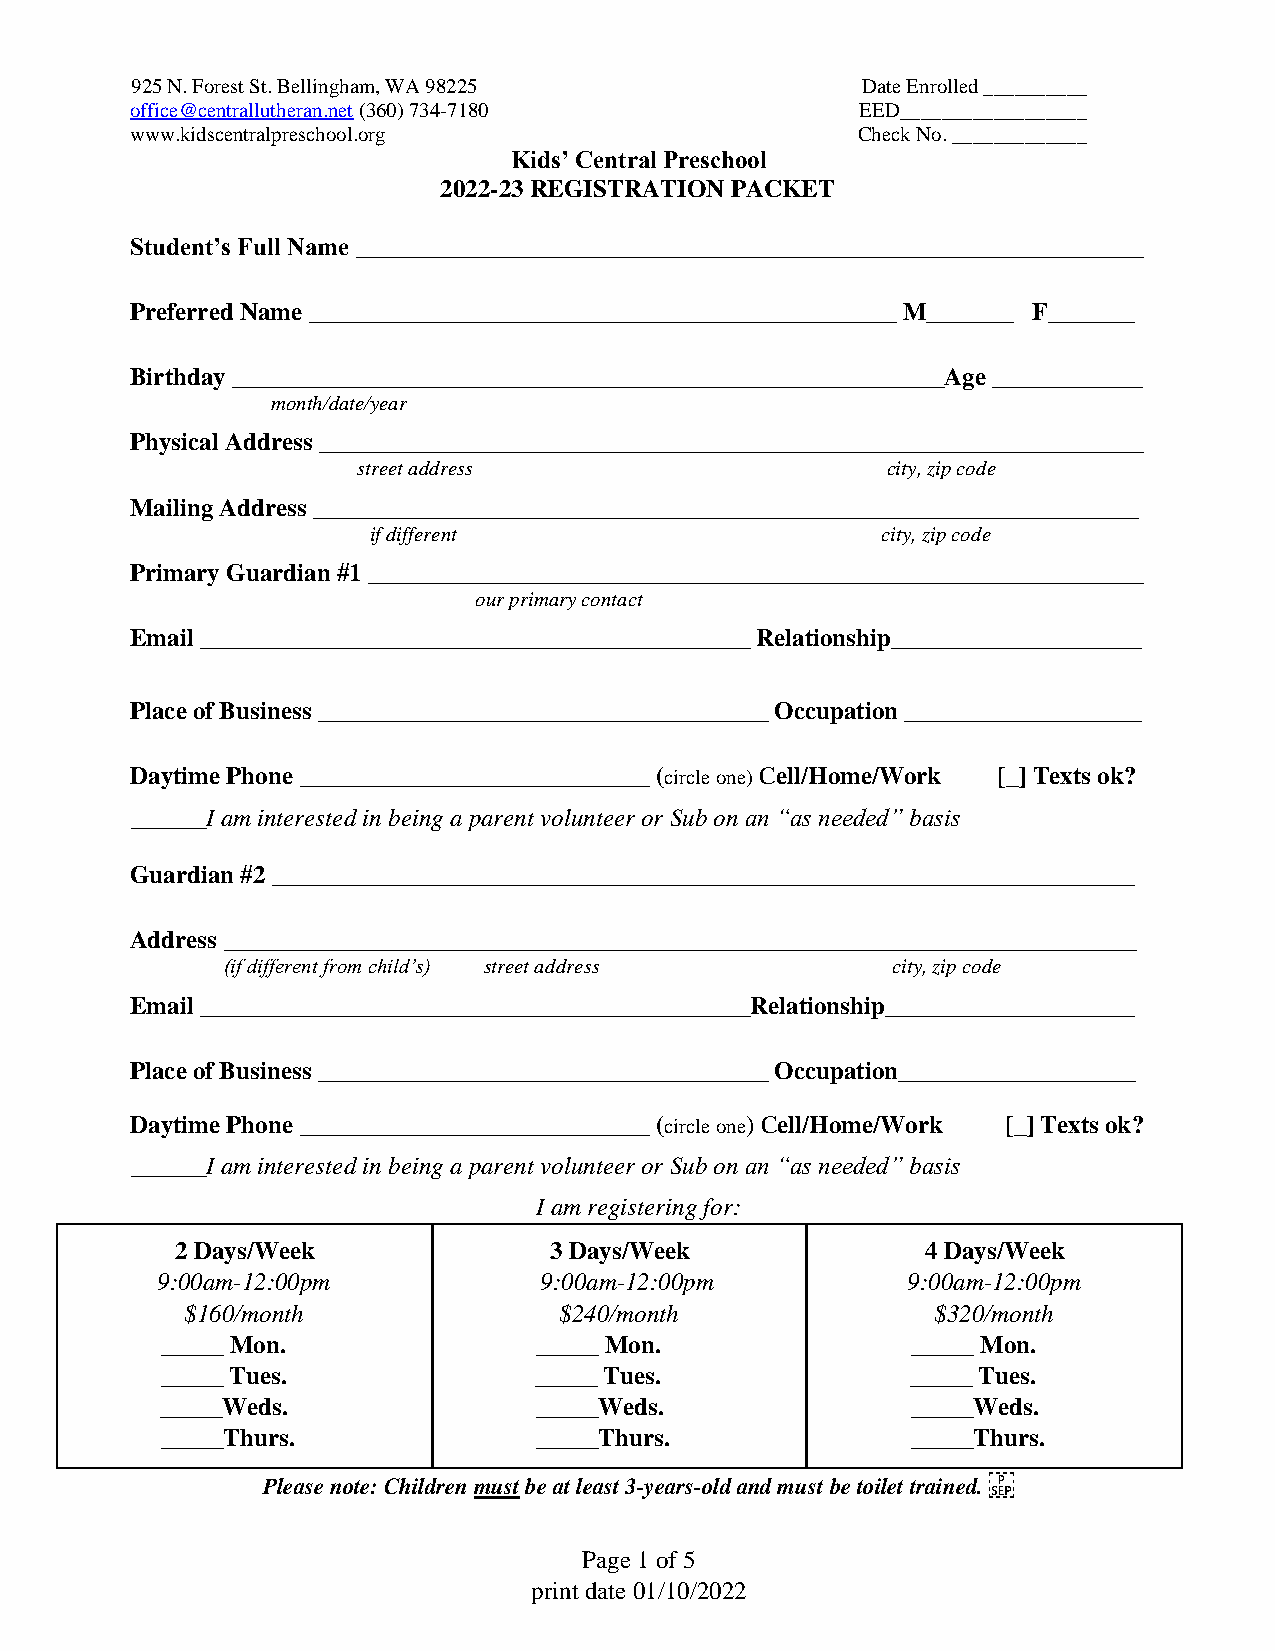
925 N. Forest St. Bellingham, WA 98225          Date Enrolled __________
 office@centrallutheran.net (360) 734-7180       EED__________________
 www.kidscentralpreschool.org                    Check No. _____________
 Kids’ Central Preschool
 2022-23 REGISTRATION PACKET
 Student’s Full Name _______________________________________________________________
 Preferred Name _______________________________________________ M_______ F_______
 Birthday _________________________________________________________Age ____________
 month/date/year
 Physical Address __________________________________________________________________
 street address                     city, zip code
 Mailing Address __________________________________________________________________
 if different                      city, zip code
 Primary Guardian #1 ______________________________________________________________
 our primary contact
 Email ____________________________________________ Relationship____________________
 Place of Business ____________________________________ Occupation ___________________
 Daytime Phone ____________________________ (circle one) Cell/Home/Work [_] Texts ok?
 ______I am interested in being a parent volunteer or Sub on an “as needed” basis
 Guardian #2 _____________________________________________________________________
 Address _________________________________________________________________________
 (if different from child’s) street address  city, zip code
 Email ____________________________________________Relationship____________________
 Place of Business ____________________________________ Occupation___________________
 Daytime Phone ____________________________ (circle one) Cell/Home/Work [_] Texts ok?
 ______I am interested in being a parent volunteer or Sub on an “as needed” basis
 I am registering for:
 2 Days/Week             3 Days/Week              4 Days/Week
 9:00am-12:00pm            9:00am-12:00pm          9:00am-12:00pm
 $160/month               $240/month               $320/month
 _____ Mon.              _____ Mon.               _____ Mon.
 _____ Tues.             _____ Tues.              _____ Tues.
 _____Weds.              _____Weds.               _____Weds.
 _____Thurs.             _____Thurs.              _____Thurs.
 Please note: Children must be at least 3-years-old and must be toilet trained.
 Page 1 of 5
 print date 01/10/2022